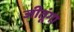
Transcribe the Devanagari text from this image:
जीतूंगा